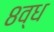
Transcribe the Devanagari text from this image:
८व्ध